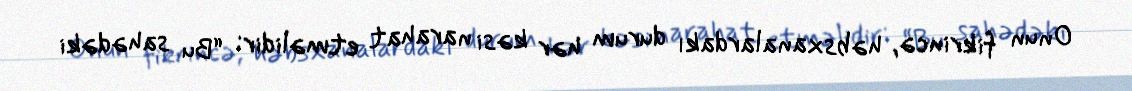
Onun fikrincə, həbsxanalardakı durum hər kəsi narahat etməlidir: “Bu sahədəki